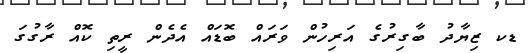
ޑކ ޒިޔާދު ބާގިރުގެ އަރިހުން ވަރައް ބޮޑައް އެދެން ރީތި ކޮއް ރާގުގަ